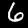
Digit: 6